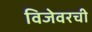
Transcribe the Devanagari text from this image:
विजेवरची